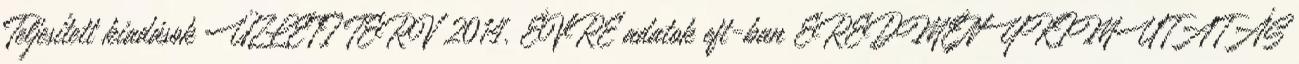
Teljesített kiadások ÜZLETI TERV 2014. ÉVRE adatok eft-ban EREDMÉNYKIMUTATÁS